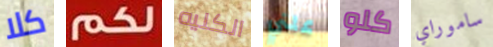
كلا لكم الكليه علني كلو ساموراي